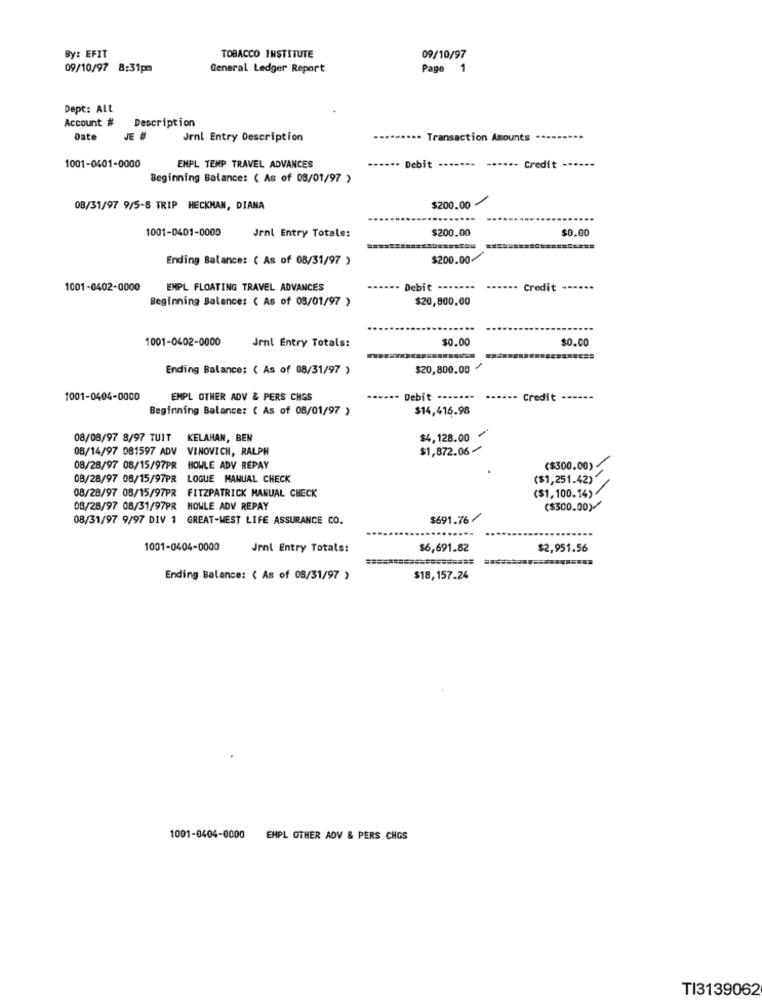
By: EFIT
TOBACCO INSTITUTE
09/10/97
09/10/97 8:31pm
General Ledger Report
Page
1
Dept: All
Account # Description
Date
JE #
Jenl Entry Description
... Transaction Amounts
1001-0401-0000
ENPL TEMP TRAVEL ADVANCES
Debit
Credit
Beginning Balance: ( As of 08/01/97 >
$200.00
08/31/97 9/5-6 TRIP HECKMAN, DIANA
1001-0401-0000
$200.00
$0.00
Jenl Entry Totals:
Ending Balance: ( As of 08/31/97 )
$200.00/
1001-0402-0000
EMPL FLOATING TRAVEL ADVANCES
Debit -------
...... Credit --...
Beginning Balance: ( As of 08/01/97 )
$20,800,00
1001-0402-0000
Jenl Entry Totals:
$0.00
$0.00
Ending Balance: ( As of 08/31/97 )
$20,800.00
1001-0404-0000
EMPL OTHER ADV & PERS CHES
Debit ------
Credit
Beginning Balance: ( As of 08/01/97 >
$14,416.98
08/08/97 8/97 TUIT KELAHAN, BEN
$4,128.00
08/14/97 081597 ADV VINOVICH, RALPH
$1,872.06-
08/28/97 08/15/97PR HOWLE ADV REPAY
($300.00)
08/28/97 08/15/97PR LOGUE MANUAL CHECK
($1,251.42)
08/28/97 08/15/97PR
FITZPATRICK MANUAL CHECK
($1,100.14)
08/28/97 08/31/97PR NOWLE ADV REPAY
($300.00)
08/31/97 9/97 DIV 1 GREAT-WEST LIFE ASSURANCE CO.
$691.76/
1001-0404-0000
Jenl Entry Totals:
$6,691.82
$2,951.56
=======
Ending Balance: ( As of 08/31/97 >
$18,157.24
1001-0404-0000
EHPL OTHER ADV & PERS CHGS
TI3139062